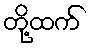
တို့ထက်